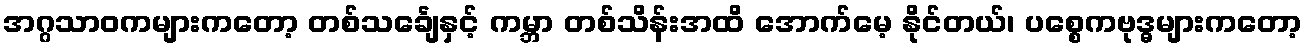
အဂ္ဂသာဝကများကတော့ တစ်သင်္ချေနှင့် ကမ္ဘာ တစ်သိန်းအထိ အောက်မေ့ နိုင်တယ်၊ ပစ္စေကဗုဒ္ဓများကတော့